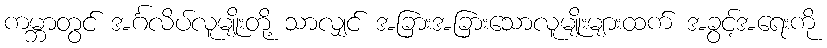
ကမ္ဘာတွင် အင်္ဂလိပ်လူမျိုးတို့ သာလျှင် အခြားအခြားသောလူမျိုးများထက် အခွင့်အရေးကို